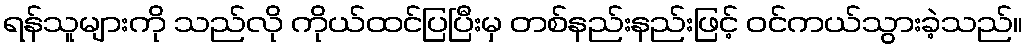
ရန်သူများကို သည်လို ကိုယ်ထင်ပြပြီးမှ တစ်နည်းနည်းဖြင့် ဝင်ကယ်သွားခဲ့သည်။